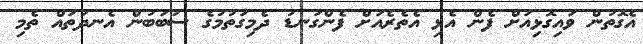
އެގޮތުން ވައިގޮޅިއަށް ފެން އެޅި އެތެރެއަށް ފެންގަނޑު ދެމިގަތުމުގެ ސަބަބުން އެނދުތައް ތެމި